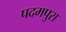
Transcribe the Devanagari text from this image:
पदमपुरा